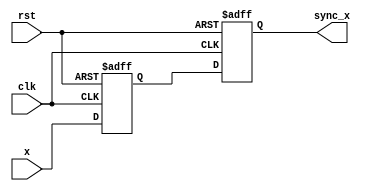
module synchronizer_2 (clk, rst, x, sync_x);
	input clk, rst, x;
	output sync_x;
	reg f1, f2;
	assign sync_x = f2;
	always @(posedge clk or posedge rst) begin
		if (rst) begin
			f1 <= 0;
			f2 <= 0;
		end else begin
			f1 <= x;
			f2 <= f1;
		end
	end
endmodule